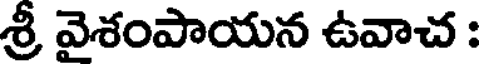
శ్రీ వైశంపాయన ఉవాచ :